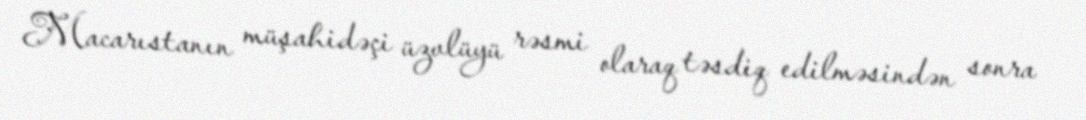
Macarıstanın müşahidəçi üzvlüyü rəsmi olaraq təsdiq edilməsindən sonra